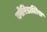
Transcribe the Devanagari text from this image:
कोरिडालिस